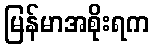
မြန်မာအစိုးရက